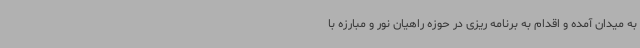
به میدان آمده و اقدام به برنامه ریزی در حوزه راهیان نور و مبارزه با